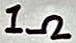
Text: 1Ω